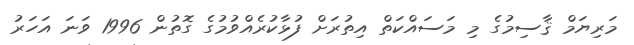
މަރިޔަމް ޤާސިމުގެ މި މަސައްކަތް އިތުރަށް ފުޅާކުރެއްވުމުގެ ގޮތުން 1996 ވަނަ އަހަރު